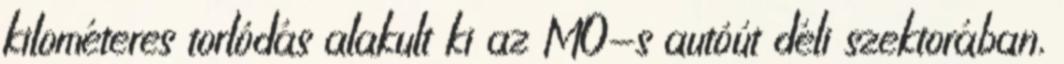
kilométeres torlódás alakult ki az M0-s autóút déli szektorában,